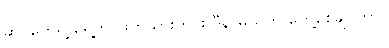
ဆိုင်တွေရဲ့ ရှေ့က ဖြတ်သွားတိုင်း ဒီနာမည်ကို တွေ့စေချင်တာ။